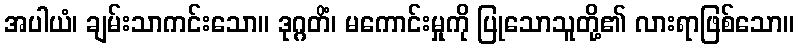
အပါယံ၊ ချမ်းသာကင်းသော။ ဒုဂ္ဂတိံ၊ မကောင်းမှုကို ပြုသောသူတို့၏ လားရာဖြစ်သော။